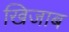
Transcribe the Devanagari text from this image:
खिजाब